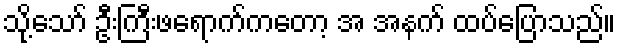
သို့သော် ဦးကြီးဖရောက်ကတော့ အ အနက် ထပ်ပြောသည်။